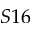
S 1 6